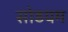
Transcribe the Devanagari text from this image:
सोडयम